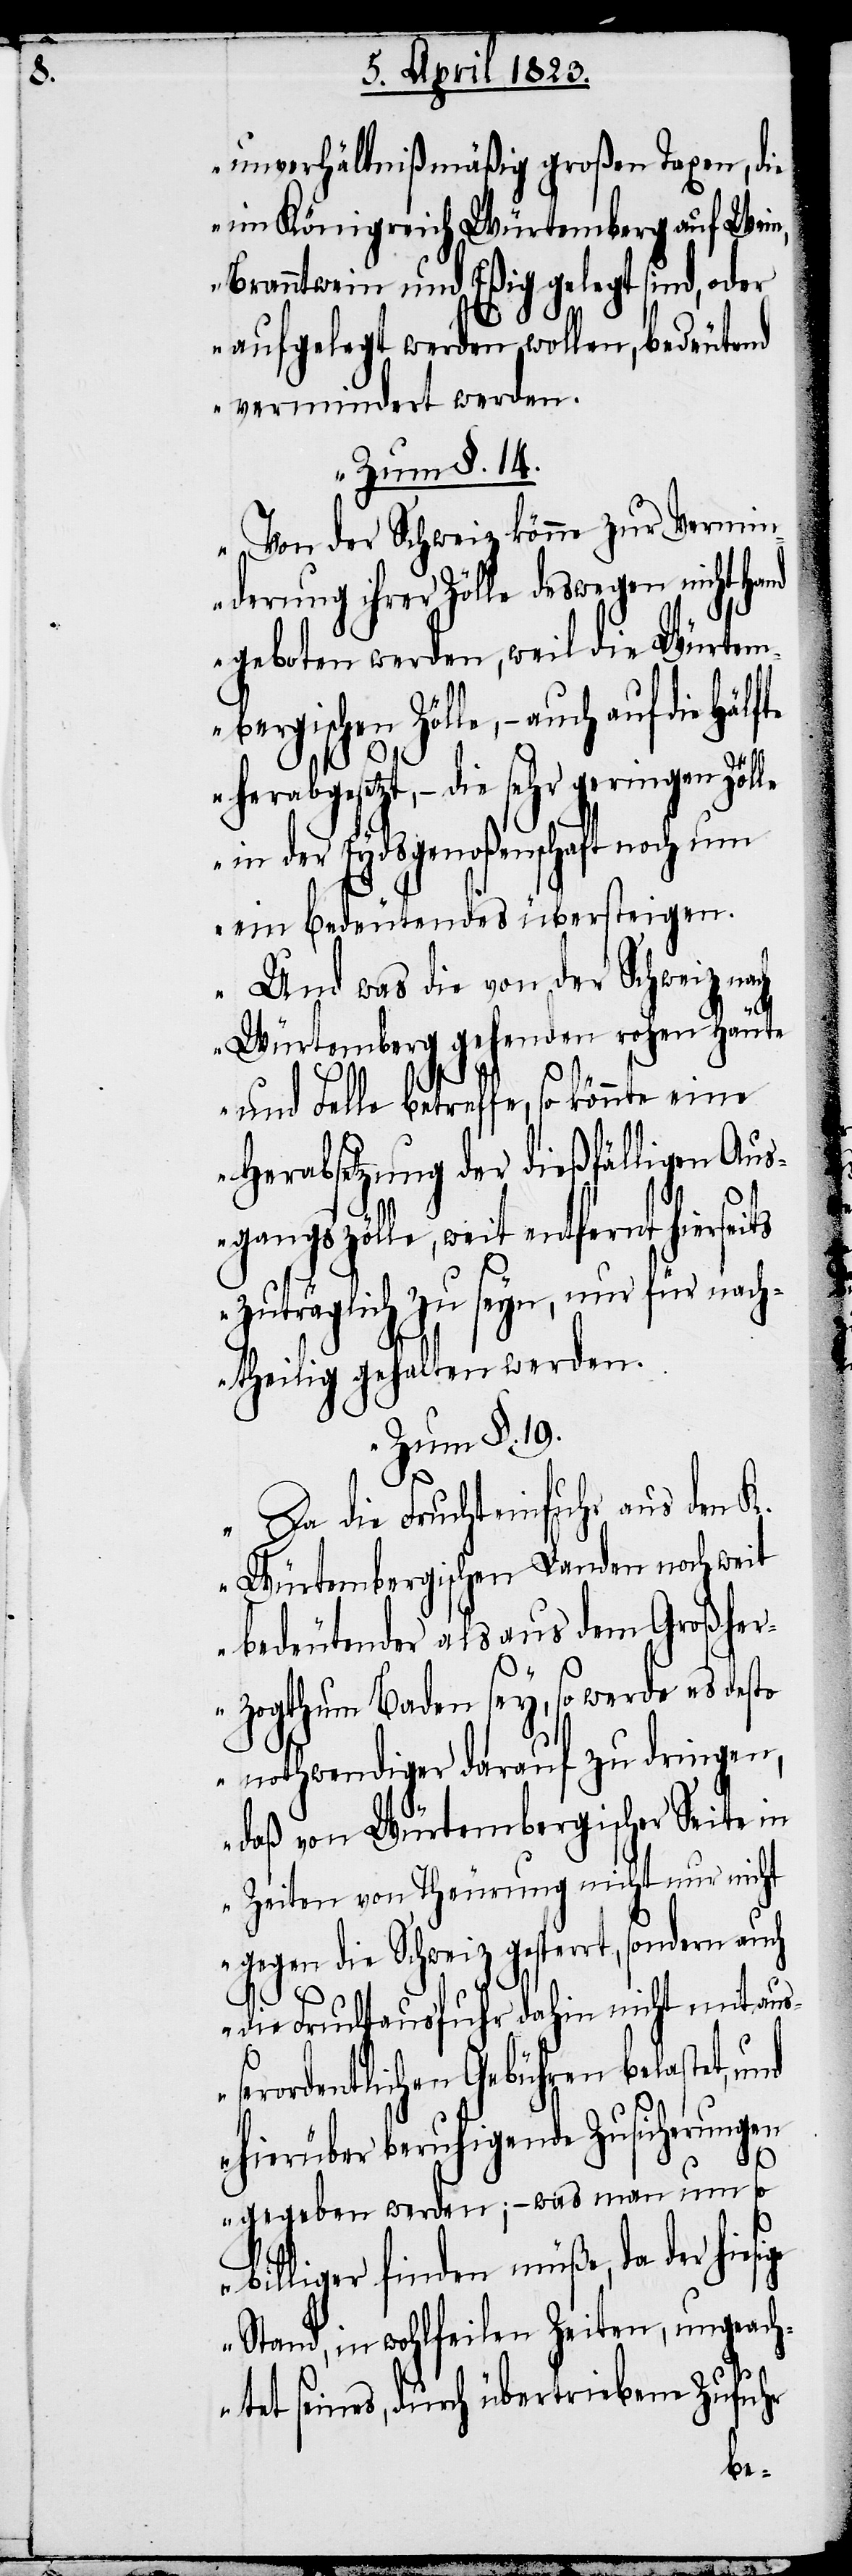
unverhältnißmäßig großen Taxen, die
im Königreich Würtemberg auf Wein,
Branntwein und Eßig gelegt sind, oder
aufgelegt werden wollen, bedeutend
vermindert werden.
Zum §. 14.
Von der Schweiz könne zur Vermin¬
derung ihrer Zölle deswegen nicht
geboten werden, weil die Würtem¬
bergischen Zölle, – auch auf die Hälfte
g¬
herabgesetzt, – die sehr geringen Zölle
in der Eydsgenoßenschaft noch um
ein bedeutendes übersteigen.
Und was die von der Schweiz nach
Würtemberg gehenden rohen Häute
und Felle betreffe, so könnte eine
Herabsetzung der dießfälligen Aus¬
gangszölle, weit entfernt hierseits
zuträglich zu seyn, nur für nach¬
theilig gehalten werden.
Zum §. 19.
Da die Fruchteinfuhr aus den K.
Würtembergischen Landen noch weit
bedeutender als aus dem Großher¬
zogthum Baden sey, so werde es desto
nothwendiger darauf zu dringen,
daß von Würtembergischer Seite in
Zeiten von Theurung nicht nur nicht
gegen die Schweiz gesperrt, sondern
die Fruchtausfuhr dahin nicht mit auße¬
rordentlichen Gebühren belastet,
hierüber beruhigende Zusicherungen
gegeben werden; – was man um so
billiger finden müße, da der hiesi¬
e Stand, in wohlfeilen Zeiten, ungeach¬
tet seines, durch übertriebene Zufuhr